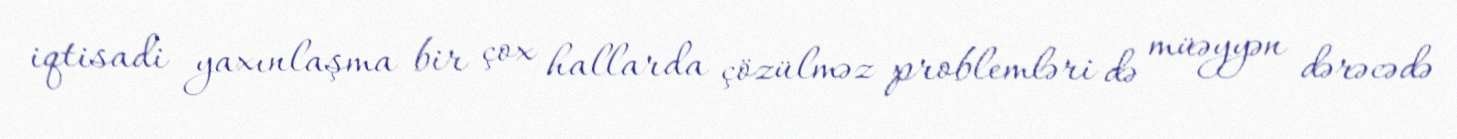
iqtisadi yaxınlaşma bir çox hallarda çözülməz problemləri də müəyyən dərəcədə